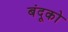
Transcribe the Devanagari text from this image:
बंदूको